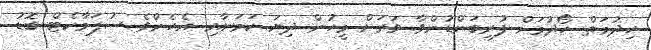
ހިދުމަތް ހޯދުމަށް ފުރިބަންޑުންވާ ވަރަށް މީހުން ދިޔަ ކަމަށާއި އެހެންވެ ސުޕަމާކެޓް ބޮޑު